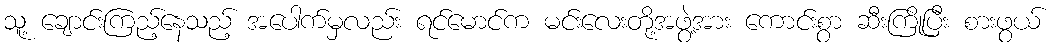
သူ့ ချောင်းကြည့်နေသည့် အပေါက်မှလည်း ရင်မောင်က မင်းလေးတို့အဖွဲ့အား ကောင်းစွာ ဆီးကြိုပြီး စားဖွယ်